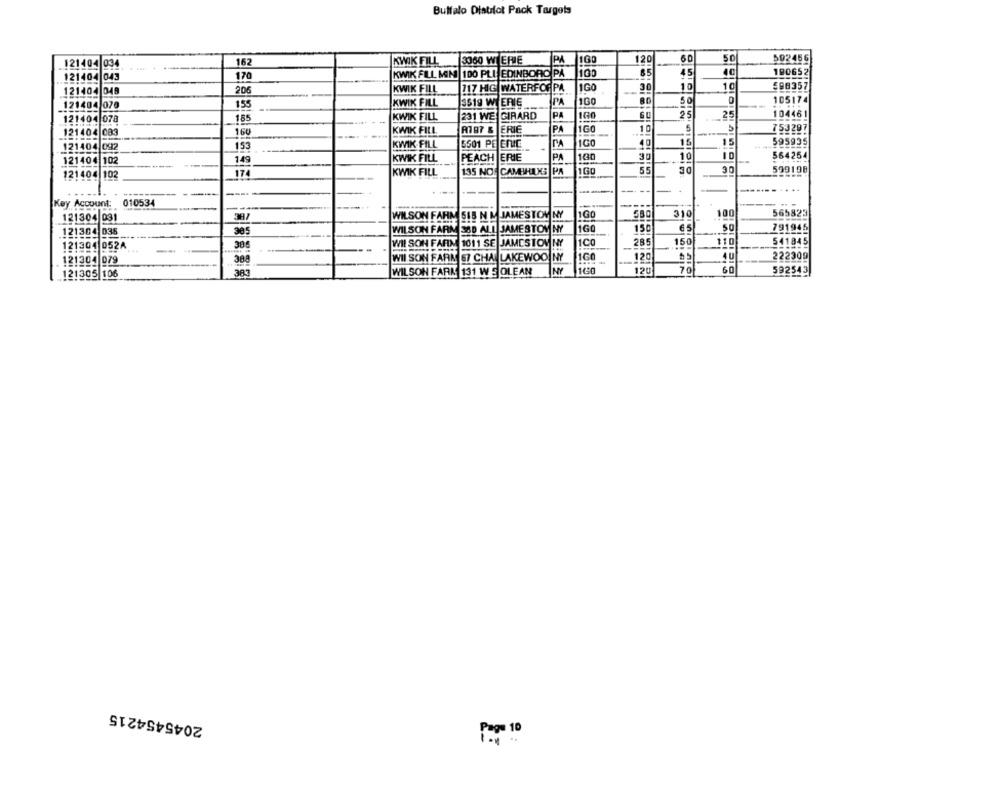
Buffalo Diatilot Pack Targets
121404 034
162
KWIK FILL
3060 WIERIE
PA
1160
120
50
592456
180652
121404 043
170
KWIK FILL MIN 100 PLL EDINBORO PÅ
45
717 HIG WATERFOR PA
1GO
30
10
10
598357
121404 048
206
KWIK FILL
155
KWIK FILL
3519 WIERIE
PA
100
50
105174
121404 070
104461
121404 078
185
KWIK FILL
231 WE GIRARD
PA
100
25
25
160
10
753297
121404 083
160
KWIK FILL
A7 87 & ERIE
PA
PA
40
15
595935
121404 092
153
KWIK-FILL
5501 PE ENIE
149
KWIK FILL
PEACH ERIE
PA
10
564254
121404 102
121404 102
174
KWIK FILL
135 NO
PA
55
30
30
599198
--.
--
-...... ....
Key Account: 010534
-----
WILSON FARM SIB N &JAMESTOV NY
1G
580
310
100
565823
121304 031
387
WILSON FARM 380 ALL JAMESTOV NY
1GO
150
65
50
791946
121304 036
121304 052A
WIL SON FARM 1011 SE JAMESTOV NY
1Co
28
150
110
541845
--
121304 079
388
WII SON FARK 57 CHALAKEWOO NY
160
120
40
222300
160
120
70
60
592543
121305 106
383
WILSON FARK 131 W S OLEAN
NY
2045454215
Pap 10